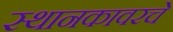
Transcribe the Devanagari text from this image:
स्थानकावरचे